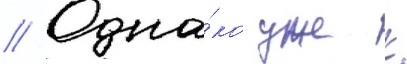
// Одна́ко уже к